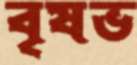
বৃষভ